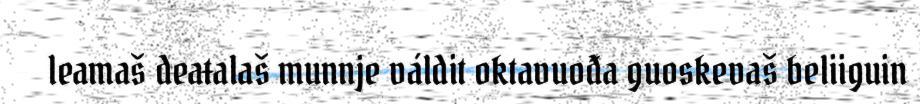
leamaš deaŧalaš munnje váldit oktavuođa guoskevaš beliiguin